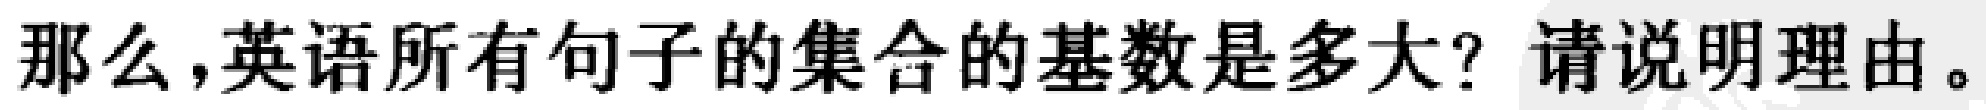
那么,英语所有句子的集合的基数是多大? 请说明理由。